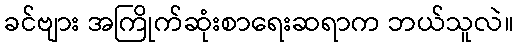
ခင်ဗျား အကြိုက်ဆုံးစာရေးဆရာက ဘယ်သူလဲ။